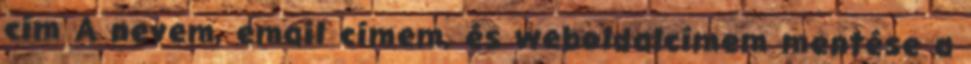
cím A nevem, email címem, és weboldalcímem mentése a